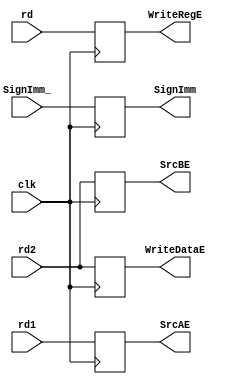
module areg(input clk, 
            input [31:0] rd1, rd2,
            input [4:0] rd,
            input [31:0] SignImm_,
            output reg [31:0] SrcAE, SrcBE,
            output reg [4:0] WriteRegE,
            output reg [31:0] WriteDataE,
            output reg [31:0] SignImm);

always @ (posedge clk)
begin
    SrcAE <= rd1;
    SrcBE <= rd2;
    WriteRegE <= rd;
    WriteDataE <= rd2;
    SignImm <= SignImm_;
end

endmodule